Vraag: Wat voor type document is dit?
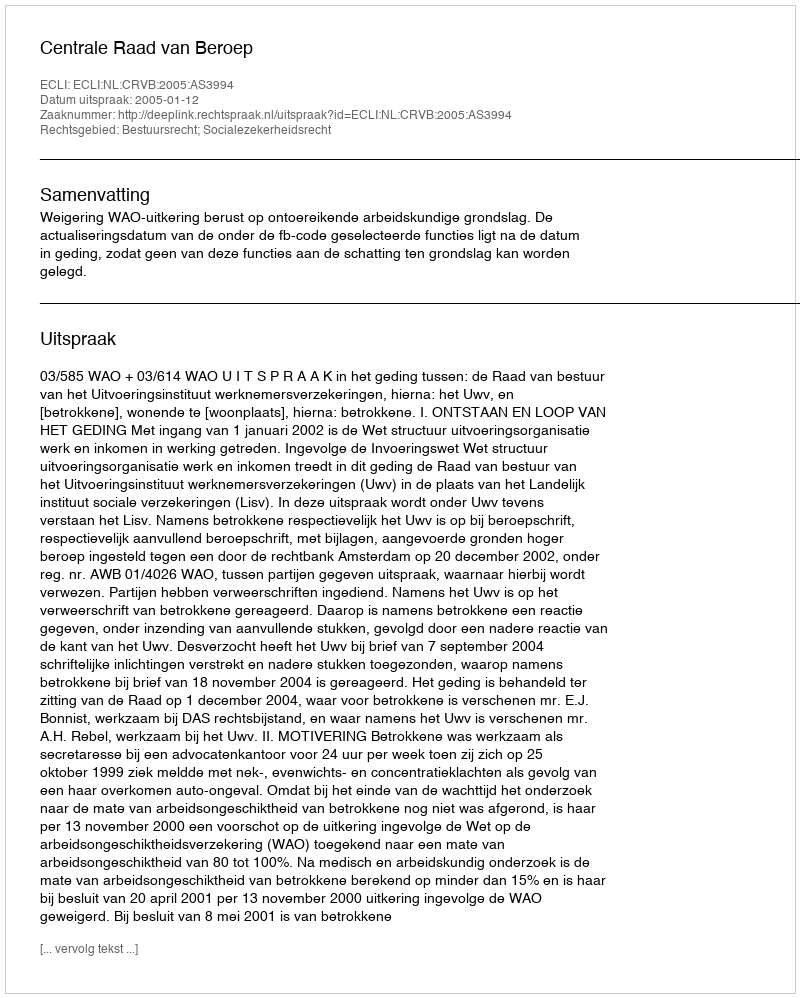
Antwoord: Uitspraak